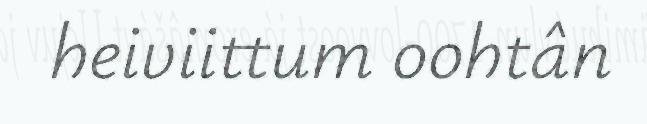
heiviittum oohtân